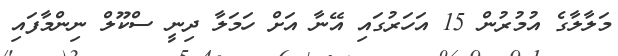
މަލާލާގެ އުމުރުން 15 އަހަރުގައި އޭނާ އަށް ހަމަލާ ދިނީ ސްކޫލް ނިންމާފައި